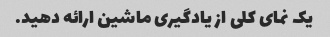
یک نمای کلی از یادگیری ماشین ارائه دهید.